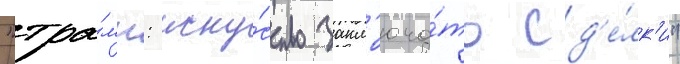
"тра́мп: иску́сство закл'юча́ть сд'е́лк'и"